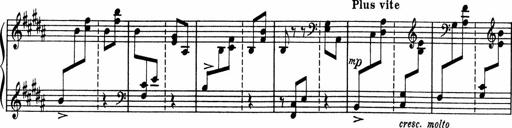
Title: Sonatine pour piano
Composer: Albert Roussel